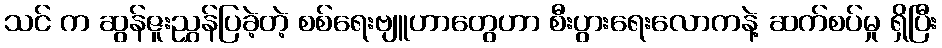
သင် က ဆွန်ဇူးညွှန်ပြခဲ့တဲ့ စစ်ရေးဗျူဟာတွေဟာ စီးပွားရေးလောကနဲ့ ဆက်စပ်မှု ရှိပြီး